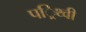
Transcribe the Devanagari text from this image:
पर्िथ्वी